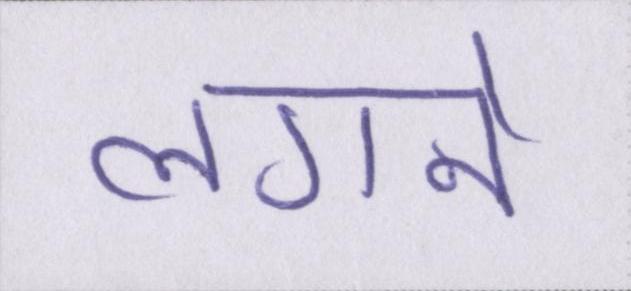
लगने